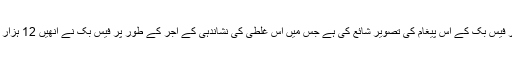
لکشمن نے اپنے بلاگ پر فیس بک کے اس پیغام کی تصویر شائع کی ہے جس میں اس غلطی کی نشاندہی کے اجر کے طور پر فیس بک نے انھیں 12 ہزار ڈالر کی پیشکش کی ہے۔